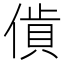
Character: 𧵰